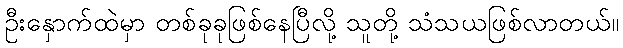
ဦးနှောက်ထဲမှာ တစ်ခုခုဖြစ်နေပြီလို့ သူတို့ သံသယဖြစ်လာတယ်။